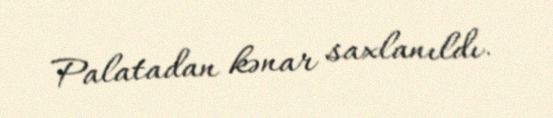
Palatadan kənar saxlanıldı.